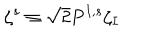
\zeta ^ { s } \equiv { \sqrt { 2 } } P ^ { I , s } \zeta _ { I }